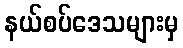
နယ်စပ်ဒေသများမှ